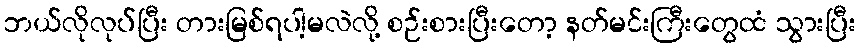
ဘယ်လိုလုပ်ပြီး တားမြစ်ရပါ့မလဲလို့ စဉ်းစားပြီးတော့ နတ်မင်းကြီးတွေထံ သွားပြီး